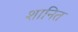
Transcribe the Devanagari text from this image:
शानित